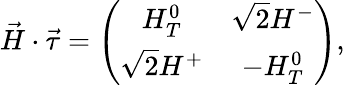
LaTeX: \vec{H}\cdot\vec{\tau}=\left(\begin{array}{cc}{{H_{T}^{0}}}&{{\sqrt{2}H^{-}}}\\ {{\sqrt{2}H^{+}}}&{{-H_{T}^{0}}}\end{array}\right),